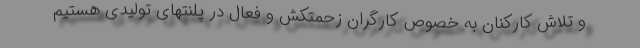
و تلاش کارکنان به خصوص کارگران زحمتکش و فعال در پلنتهای تولیدی هستیم